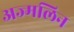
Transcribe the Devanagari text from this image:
अज्मलिन